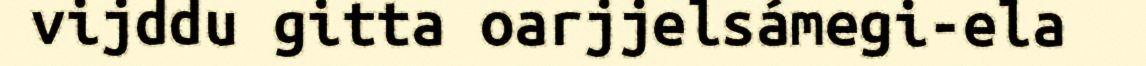
vijddu gitta oarjjelsámegi-ela